Indian journal of veterinary science and animal husbandry - Volume 10,
Year: 1940
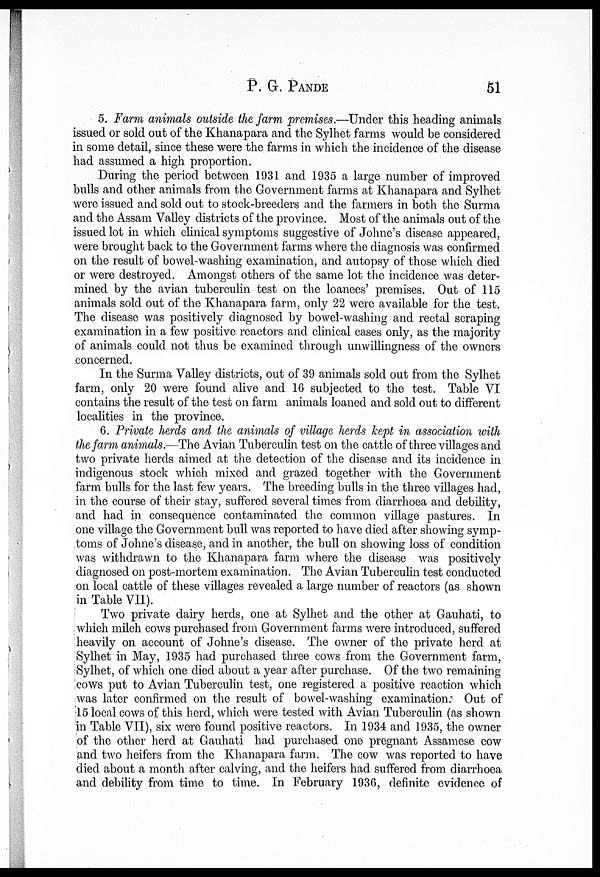
P. G.
PANDE
51
5. Farm animals outside the farm premises.—Under this heading animals
issued or sold out of the Khanapara and the Sylhet farms would be considered
in some detail, since these were the farms in which the incidence of the disease
had assumed a high proportion.
During the period between 1931 and 1935 a large number of improved
bulls and other animals from the Government farms at Khanapara and Sylhet
were issued and sold out to stock-breeders and the farmers in both the Surma
and the Assam Valley districts of the province. Most of the animals out of the
issued lot in which clinical symptoms suggestive of Johne's disease appeared,
were brought back to the Government farms where the diagnosis was confirmed
on the result of bowel-washing examination, and autopsy of those which died
or were destroyed. Amongst others of the same lot the incidence was deter-
mined by the avian tuberculin test on the loanees' premises. Out of 115
animals sold out of the Khanapara farm, only 22 were available for the test.
The disease was positively diagnosed by bowel-washing and rectal scraping
examination in a few positive reactors and clinical cases only, as the majority
of animals could not thus be examined through unwillingness of the owners
concerned.
In the Surma Valley districts, out of 39 animals sold out from the Sylhet
farm, only 20 were found alive and 16 subjected to the test. Table VI
contains the result of the test on farm animals loaned and sold out to different
localities in the province.
6. Private herds and the animals of village herds kept in association with
the farm animals.—The Avian Tuberculin test on the cattle of three villages and
two private herds aimed at the detection of the disease and its incidence in
indigenous stock which mixed and grazed together with the Government
farm bulls for the last few years. The breeding bulls in the three villages had,
in the course of their stay, suffered several times from diarrhoea and debility,
and had in consequence contaminated the common village pastures. In
one village the Government bull was reported to have died after showing symp-
toms of Johne's disease, and in another, the bull on showing loss of condition
was withdrawn to the Khanapara farm where the disease was positively
diagnosed on post-mortem examination. The Avian Tuberculin test conducted
on local cattle of these villages revealed a large number of reactors (as shown
in Table VII).
Two private dairy herds, one at Sylhet and the other at Gauhati, to
which milch cows purchased from Government farms were introduced, suffered
heavily on account of Johne's disease. The owner of the private herd at
Sylhet in May, 1935 had purchased three cows from the Government farm,
Sylhet, of which one died about a year after purchase. Of the two remaining
cows put to Avian Tuberculin test, one registered a positive reaction which
was later confirmed on the result of bowel-washing examination. Out of
15 local cows of this herd, which were tested with Avian Tuberculin (as shown
in Table VII), six were found positive reactors. In 1934 and 1935, the owner
of the other herd at Gauhati had purchased one pregnant Assamese cow
and two heifers from the Khanapara farm. The cow was reported to have
died about a month after calving, and the heifers had suffered from diarrhoea
and debility from time to time. In February 1936, definite evidence of